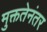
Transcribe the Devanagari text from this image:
मुक्ततेनंतर